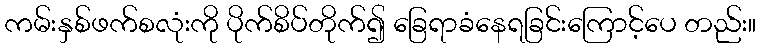
ကမ်းနှစ်ဖက်စလုံးကို ပိုက်စိပ်တိုက်၍ ခြေရာခံနေရခြင်းကြောင့်ပေ တည်း။